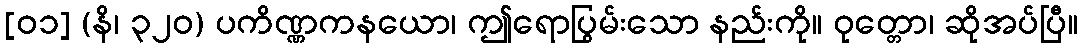
[၀၁] (နိ၊ ၃၂၀) ပကိဏ္ဏကနယော၊ ဤရောပြွမ်းသော နည်းကို။ ဝုတ္တော၊ ဆိုအပ်ပြီ။